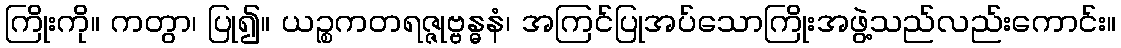
ကြိုးကို။ ကတွာ၊ ပြု၍။ ယဉ္စကတရဇ္ဇုဗ္ဗန္ဓနံ၊ အကြင်ပြုအပ်သောကြိုးအဖွဲ့သည်လည်းကောင်း။